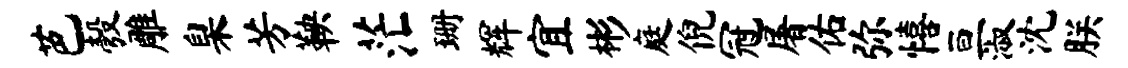
芭彀雕臬芳鞅茫珊辉宜彬庭倪冠屠佑弥僖亘淑沈朕